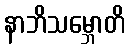
နာဘိသမ္ဘောတိ